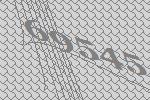
69545